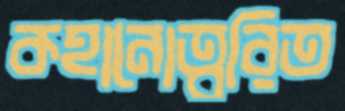
কহানোত্বরিত